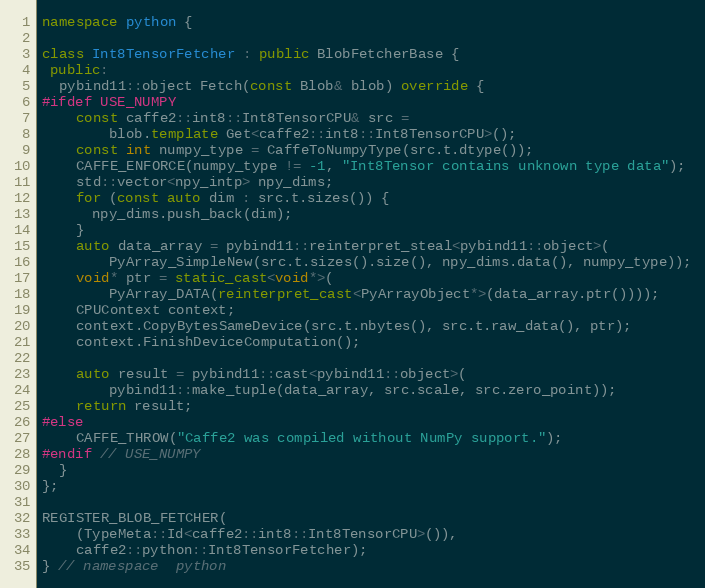
Language: C++
namespace python {

class Int8TensorFetcher : public BlobFetcherBase {
 public:
  pybind11::object Fetch(const Blob& blob) override {
#ifdef USE_NUMPY
    const caffe2::int8::Int8TensorCPU& src =
        blob.template Get<caffe2::int8::Int8TensorCPU>();
    const int numpy_type = CaffeToNumpyType(src.t.dtype());
    CAFFE_ENFORCE(numpy_type != -1, "Int8Tensor contains unknown type data");
    std::vector<npy_intp> npy_dims;
    for (const auto dim : src.t.sizes()) {
      npy_dims.push_back(dim);
    }
    auto data_array = pybind11::reinterpret_steal<pybind11::object>(
        PyArray_SimpleNew(src.t.sizes().size(), npy_dims.data(), numpy_type));
    void* ptr = static_cast<void*>(
        PyArray_DATA(reinterpret_cast<PyArrayObject*>(data_array.ptr())));
    CPUContext context;
    context.CopyBytesSameDevice(src.t.nbytes(), src.t.raw_data(), ptr);
    context.FinishDeviceComputation();

    auto result = pybind11::cast<pybind11::object>(
        pybind11::make_tuple(data_array, src.scale, src.zero_point));
    return result;
#else
    CAFFE_THROW("Caffe2 was compiled without NumPy support.");
#endif // USE_NUMPY
  }
};

REGISTER_BLOB_FETCHER(
    (TypeMeta::Id<caffe2::int8::Int8TensorCPU>()),
    caffe2::python::Int8TensorFetcher);
} // namespace  python